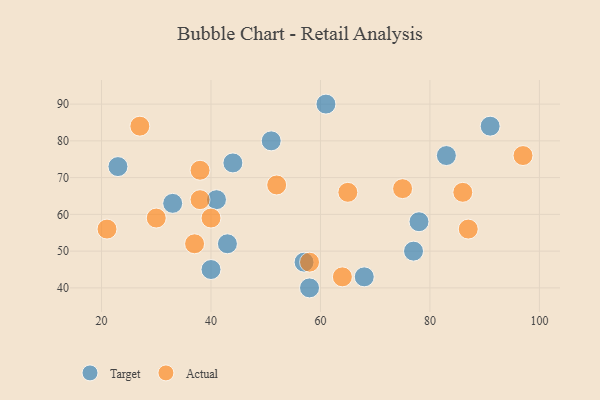
{"axis": {"x": "GDP", "y": "Life Expectancy"}, "legend": ["Actual", "Target"], "data": [{"x": "43", "y": 52, "type": "Target"}, {"x": "78", "y": 58, "type": "Target"}, {"x": "44", "y": 74, "type": "Target"}, {"x": "83", "y": 76, "type": "Target"}, {"x": "57", "y": 47, "type": "Target"}, {"x": "61", "y": 90, "type": "Target"}, {"x": "23", "y": 73, "type": "Target"}, {"x": "51", "y": 80, "type": "Target"}, {"x": "33", "y": 63, "type": "Target"}, {"x": "40", "y": 45, "type": "Target"}, {"x": "58", "y": 40, "type": "Target"}, {"x": "77", "y": 50, "type": "Target"}, {"x": "91", "y": 84, "type": "Target"}, {"x": "41", "y": 64, "type": "Target"}, {"x": "68", "y": 43, "type": "Target"}, {"x": "37", "y": 52, "type": "Actual"}, {"x": "40", "y": 59, "type": "Actual"}, {"x": "75", "y": 67, "type": "Actual"}, {"x": "27", "y": 84, "type": "Actual"}, {"x": "65", "y": 66, "type": "Actual"}, {"x": "58", "y": 47, "type": "Actual"}, {"x": "30", "y": 59, "type": "Actual"}, {"x": "87", "y": 56, "type": "Actual"}, {"x": "38", "y": 64, "type": "Actual"}, {"x": "97", "y": 76, "type": "Actual"}, {"x": "52", "y": 68, "type": "Actual"}, {"x": "86", "y": 66, "type": "Actual"}, {"x": "38", "y": 72, "type": "Actual"}, {"x": "21", "y": 56, "type": "Actual"}, {"x": "64", "y": 43, "type": "Actual"}]}